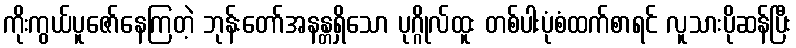
ကိုးကွယ်ပူဇော်နေကြတဲ့ ဘုန်းတော်အနန္တရှိသော ပုဂ္ဂိုလ်ထူး တစ်ပါးပုံစံထက်စာရင် လူသားပိုဆန်ပြီး